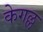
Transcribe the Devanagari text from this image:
केगल्ल